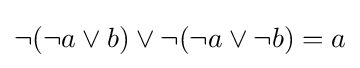
\neg (\neg a\lor b)\lor \neg (\neg a\lor \neg b)=a